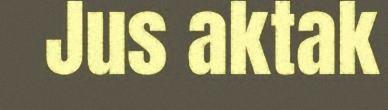
Jus aktak